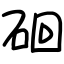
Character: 硘